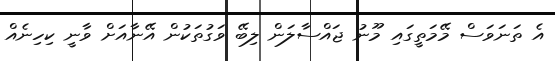
އެ ތަނަވަސް މޭމަތީގައި މޫނު ޖައްސާލަން ލިބޭ ވަގުތަކުން އޭނާއަށް ވާނީ ކިހިނެއް